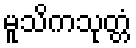
မူသိကသုတ္တံ